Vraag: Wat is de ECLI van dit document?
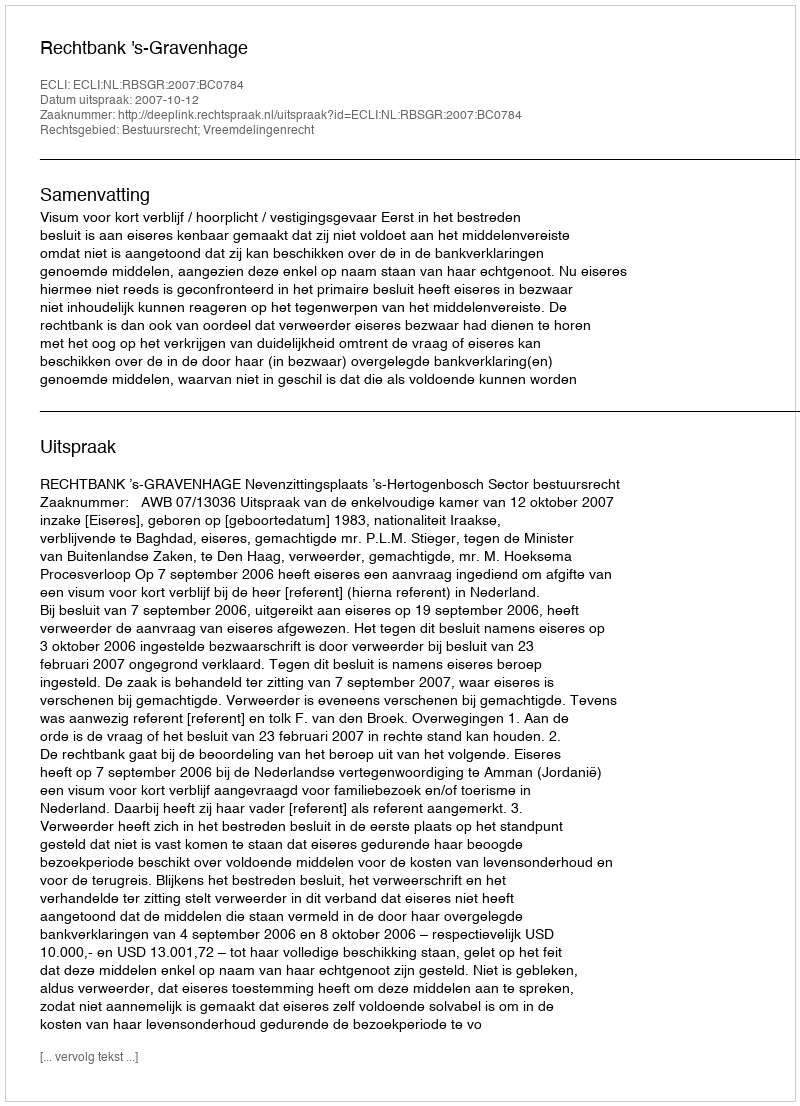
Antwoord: ECLI:NL:RBSGR:2007:BC0784